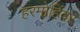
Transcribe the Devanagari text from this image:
हरमोहिंदर